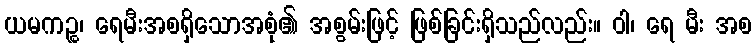
ယမကဉ္စ၊ ရေမီးအစရှိသောအစုံ၏ အစွမ်းဖြင့် ဖြစ်ခြင်းရှိသည်လည်း။ ဝါ၊ ရေ မီး အစ